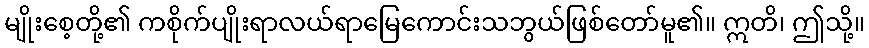
မျိုးစေ့တို့၏ ကစိုက်ပျိုးရာလယ်ရာမြေကောင်းသဘွယ်ဖြစ်တော်မူ၏။ ဣတိ၊ ဤသို့။